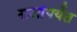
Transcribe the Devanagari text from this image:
राजांपर्यंत